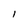
Character: I